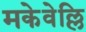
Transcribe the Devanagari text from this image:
मकेवेल्लि